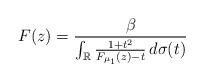
LaTeX: \begin{align*}F(z)=\frac{\beta}{\int_{\mathbb{R}}\frac{1+t^{2}}{F_{\mu_{1}}(z)-t}\,d\sigma(t)}\end{align*}